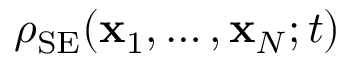
\rho _ { \mathrm { S E } } ( { \bf x } _ { 1 } , \ldots , { \bf x } _ { N } ; t )